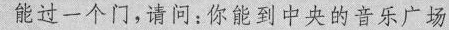
能过一个门，请问：你能到中央的音乐广场